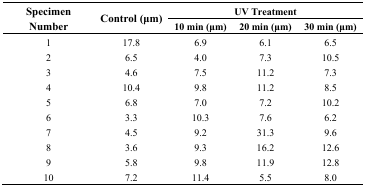
| <ROWSPAN=2> Specimen Number | <ROWSPAN=2> Control (μm) | <COLSPAN=3> UV Treatment |
 | 10 min (μm) | 20 min (μm) | 30 min (μm) |
 | --- | --- | --- | --- | --- |
 | 1 | 17.8 | 6.9 | 6.1 | 6.5 |
 | 2 | 6.5 | 4.0 | 7.3 | 10.5 |
 | 3 | 4.6 | 7.5 | 11.2 | 7.3 |
 | 4 | 10.4 | 9.8 | 11.2 | 8.5 |
 | 5 | 6.8 | 7.0 | 7.2 | 10.2 |
 | 6 | 3.3 | 10.3 | 7.6 | 6.2 |
 | 7 | 4.5 | 9.2 | 31.3 | 9.6 |
 | 8 | 3.6 | 9.3 | 16.2 | 12.6 |
 | 9 | 5.8 | 9.8 | 11.9 | 12.8 |
 | 10 | 7.2 | 11.4 | 5.5 | 8.0 |